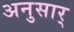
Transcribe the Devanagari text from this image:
अनुसार्